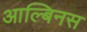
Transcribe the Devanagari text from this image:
आल्बिनस